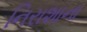
નિરાશાના